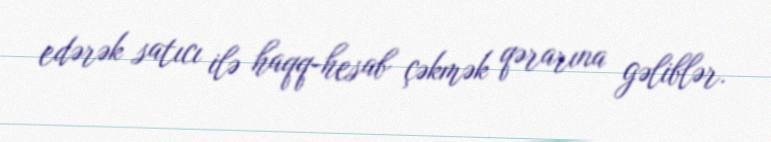
edərək satıcı ilə haqq-hesab çəkmək qərarına gəliblər.